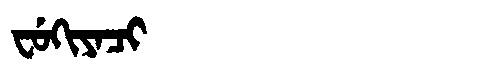
Manchu: ᠸᡠᡴᡳᠶᠠᠴᡳ
Romanization: FUKIYACI